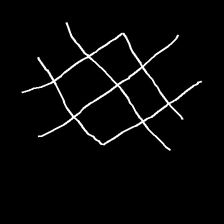
Glyph: crystal